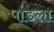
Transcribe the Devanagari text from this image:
पांडला